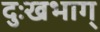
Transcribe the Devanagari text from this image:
दुःखभाग्